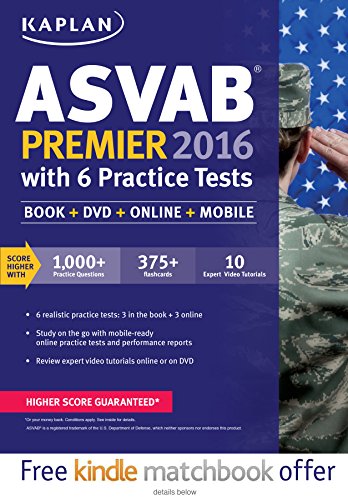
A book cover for Kaplan ASVAB Premier 2016 with 6 Practice Tests: Book + Online (Kaplan Test Prep); Kaplan; Test Preparation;